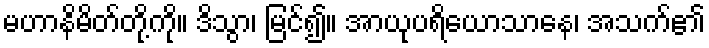
မဟာနိမိတ်တို့ကို။ ဒိသွာ၊ မြင်၍။ အာယုပရိယောသာနေ၊ အသက်၏